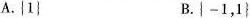
A.\left\{ 1\right\} B.\left\{ -1，1\right\}